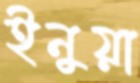
ইনুয়া